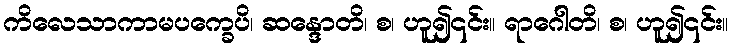
ကိလေသာကာမပက္ခေပိ၊ ဆန္ဒောတိ၊ စ၊ ဟူ၍၎င်း။ ရာဂေါတိ၊ စ၊ ဟူ၍၎င်း။